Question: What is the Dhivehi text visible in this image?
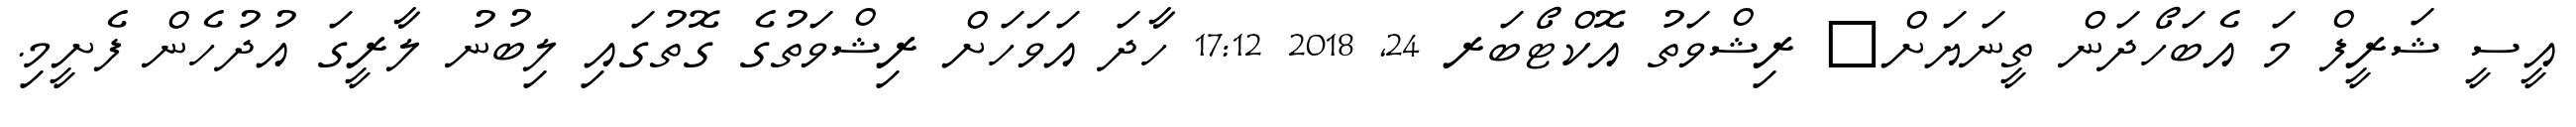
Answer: އީސީ ޝަރީފް މަ އެބަހޯދަން ތީނަޔަށް? ރިޝްވަތު އޮކްޓޯބަރ 24, 2018 17:12 ހާދަ އަވަހަށް ރިޝްވަތުގެ ގޮތުގައި ލިބުނު ލާރީގަ އުދުހެން ފެށީމި.